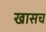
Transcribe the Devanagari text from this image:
खासच